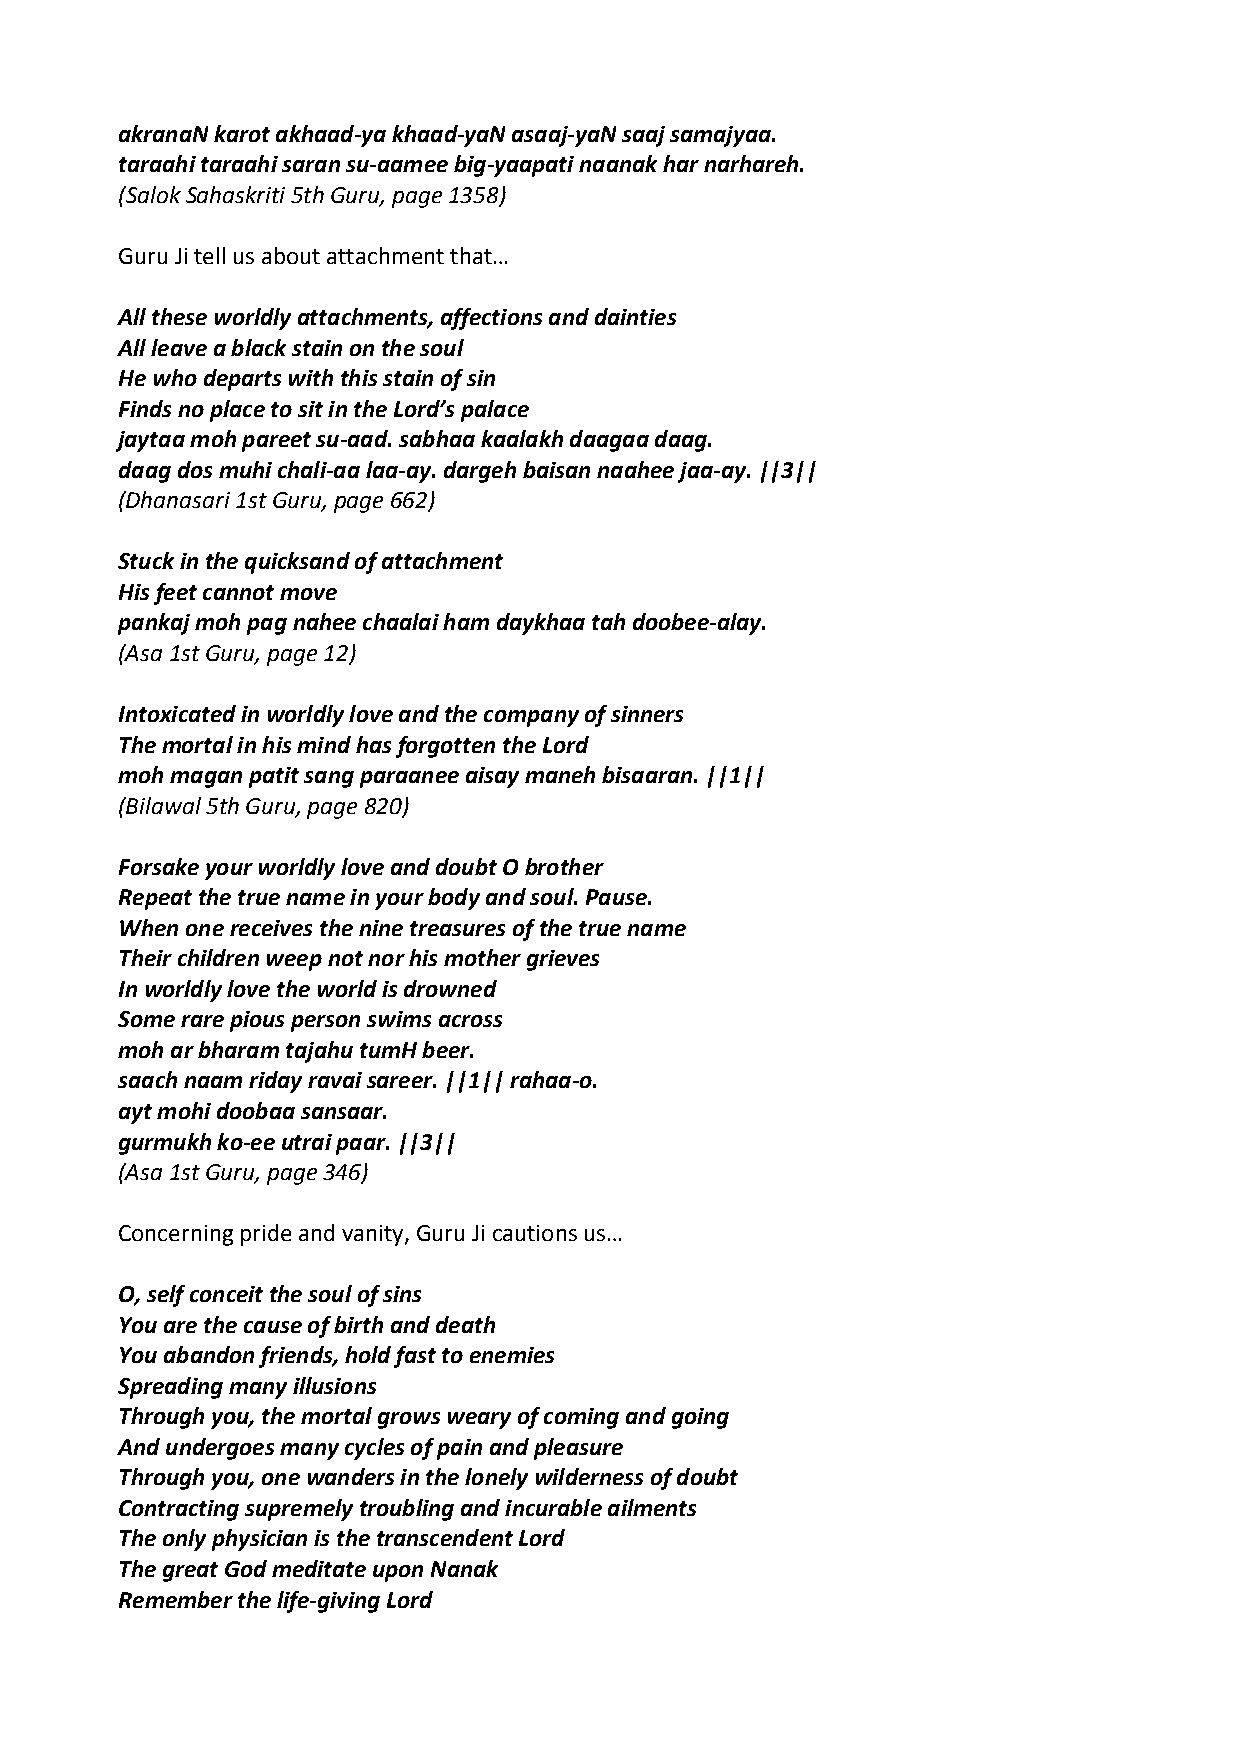
akranaN karot akhaad‐ya khaad‐yaN asaaj‐yaN saaj samajyaa.
 taraahi taraahi saran su‐aamee big‐yaapati naanak har narhareh.
 (Salok Sahaskriti 5th Guru, page 1358)
 Guru Ji tell us about attachment that…
 All these worldly attachments, affections and dainties
 All leave a black stain on the soul
 He who departs with this stain of sin
 Finds no place to sit in the Lord’s palace
 jaytaa moh pareet su‐aad. sabhaa kaalakh daagaa daag.
 daag dos muhi chali‐aa laa‐ay. dargeh baisan naahee jaa‐ay. ||3||
 (Dhanasari 1st Guru, page 662)
 Stuck in the quicksand of attachment
 His feet cannot move
 pankaj moh pag nahee chaalai ham daykhaa tah doobee‐alay.
 (Asa 1st Guru, page 12)
 Intoxicated in worldly love and the company of sinners
 The mortal in his mind has forgotten the Lord
 moh magan patit sang paraanee aisay maneh bisaaran. ||1||
 (Bilawal 5th Guru, page 820)
 Forsake your worldly love and doubt O brother
 Repeat the true name in your body and soul. Pause.
 When one receives the nine treasures of the true name
 Their children weep not nor his mother grieves
 In worldly love the world is drowned
 Some rare pious person swims across
 moh ar bharam tajahu tumH beer.
 saach naam riday ravai sareer. ||1|| rahaa‐o.
 ayt mohi doobaa sansaar.
 gurmukh ko‐ee utrai paar. ||3||
 (Asa 1st Guru, page 346)
 Concerning pride and vanity, Guru Ji cautions us…
 O, self conceit the soul of sins
 You are the cause of birth and death
 You abandon friends, hold fast to enemies
 Spreading many illusions
 Through you, the mortal grows weary of coming and going
 And undergoes many cycles of pain and pleasure
 Through you, one wanders in the lonely wilderness of doubt
 Contracting supremely troubling and incurable ailments
 The only physician is the transcendent Lord
 The great God meditate upon Nanak
 Remember the life‐giving Lord